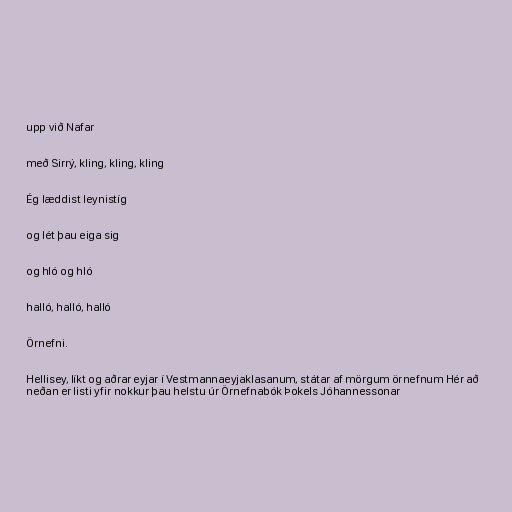
upp við Nafar

með Sirrý, kling, kling, kling

Ég læddist leynistíg

og lét þau eiga sig

og hló og hló

halló, halló, halló

Örnefni.

Hellisey, líkt og aðrar eyjar í Vestmannaeyjaklasanum, státar af mörgum örnefnum Hér að
neðan er listi yfir nokkur þau helstu úr Örnefnabók Þokels Jóhannessonar